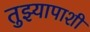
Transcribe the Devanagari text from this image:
तुझ्यापाशी